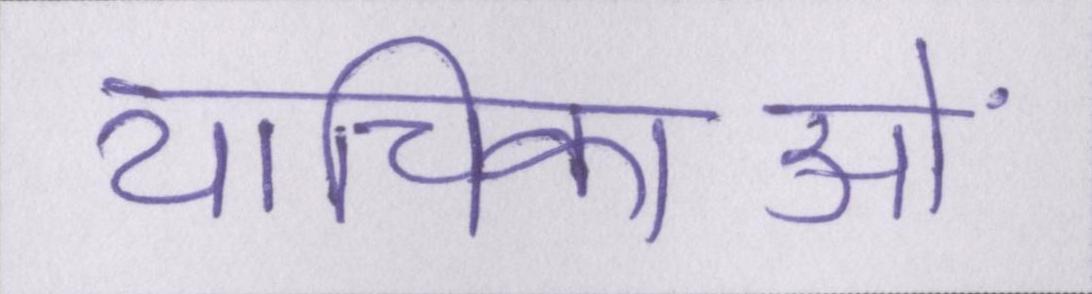
याचिकाओं